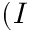
( I